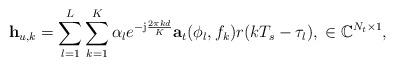
LaTeX: \begin{align*} &{\bf h}_{u,k} = \sum_{l=1}^{L}\sum_{k=1}^{K}{\alpha_{l}}e^{-\mathrm{j}\frac{2\pi kd}{K}}{\bf a}_t(\phi_{l},f_k)r(kT_s-\tau_l),\;\in\mathbb{C}^{{N_t}\times1},\end{align*}